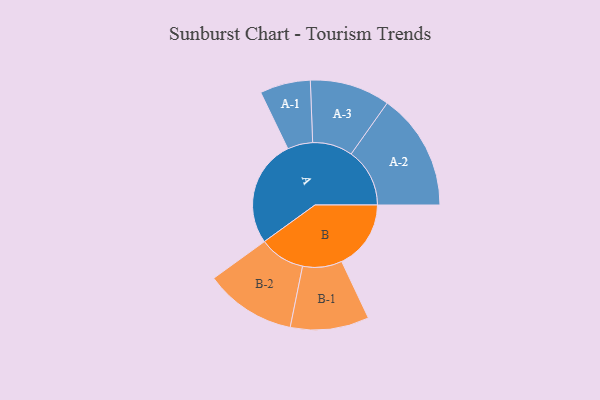
{"axis": {"x": "Segment", "y": "Value"}, "legend": ["", "A", "B"], "data": [{"x": "A", "y": 441, "type": ""}, {"x": "B", "y": 285, "type": ""}, {"x": "A-1", "y": 104, "type": "A"}, {"x": "A-2", "y": 241, "type": "A"}, {"x": "A-3", "y": 165, "type": "A"}, {"x": "B-1", "y": 162, "type": "B"}, {"x": "B-2", "y": 188, "type": "B"}]}